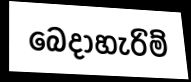
බෙදාහැරිම්